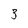
Character: 3